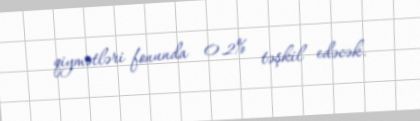
qiymətləri fonunda 0.2% təşkil edəcək.